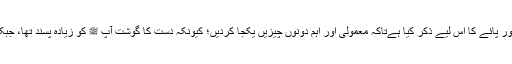
آپ ﷺ نے خاص طور پر دست اور پائے کا اس لیے ذکر کیا ہےتاکہ معمولی اور اہم دونوں چیزیں یکجا کردیں؛ کیونکہ دست کا گوشت آپ ﷺ کو زیادہ پسند تھا، جبکہ پائے کی کوئی قیمت نہیں ہے۔